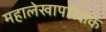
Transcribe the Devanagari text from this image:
महालेखापरिक्षक